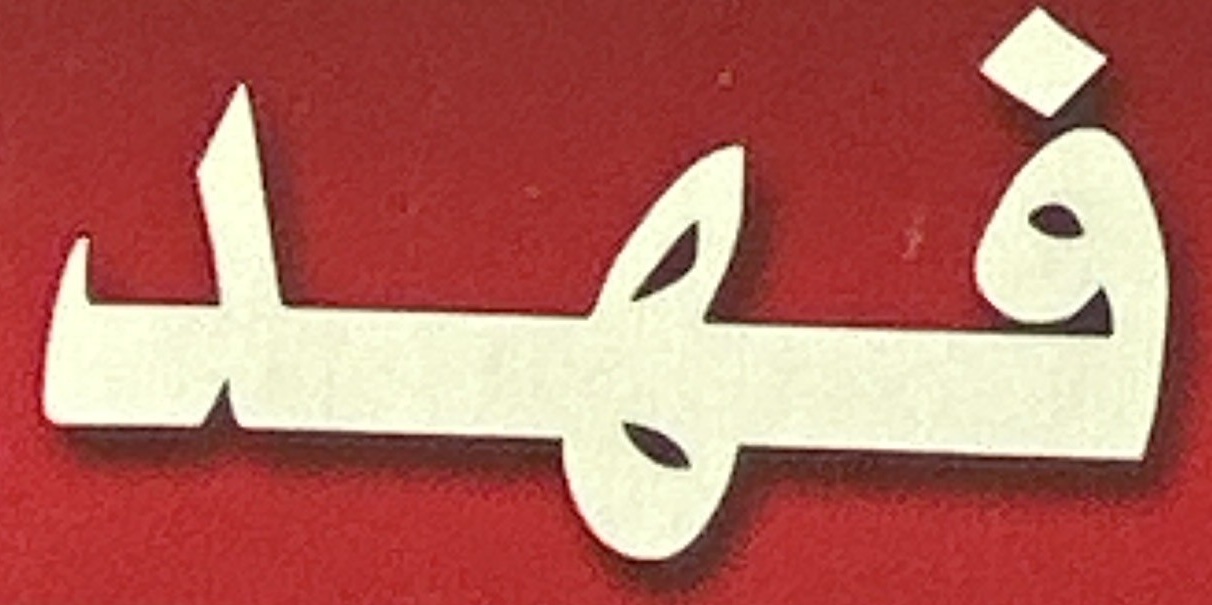
فهد